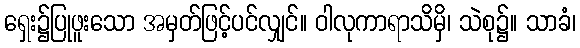
ရှေး၌ပြုဖူးသော အမှတ်ဖြင့်ပင်လျှင်။ ဝါလုကာရာသိမှိ၊ သဲစု၌။ သာခံ၊